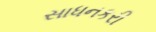
સાધનકરી